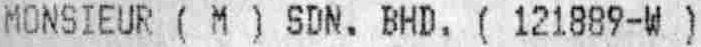
MONSIEUR ( M ) SDN. BHD. ( 121889-W )